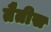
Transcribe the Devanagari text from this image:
तैतीस